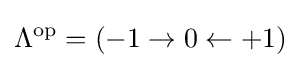
\Lambda ^{\text{op}}=(-1\rightarrow 0\leftarrow +1)